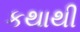
કથાથી